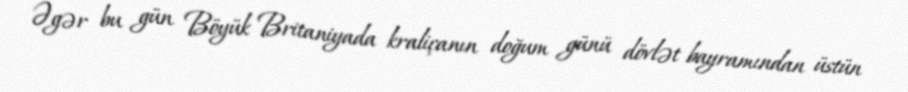
Əgər bu gün Böyük Britaniyada kraliçanın doğum günü dövlət bayramından üstün